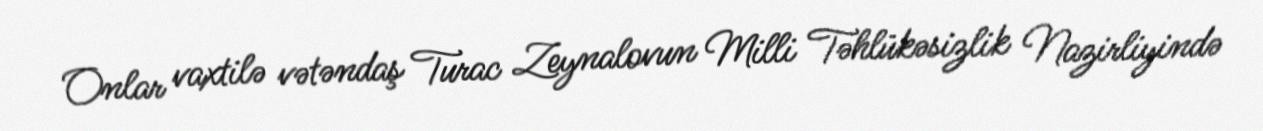
Onlar vaxtilə vətəndaş Turac Zeynalovun Milli Təhlükəsizlik Nazirliyində